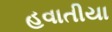
હવાતીયા